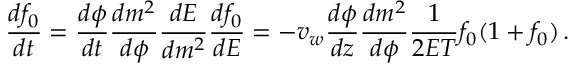
\frac { d f _ { 0 } } { d t } = \frac { d \phi } { d t } \frac { d m ^ { 2 } } { d \phi } \frac { d E } { d m ^ { 2 } } \frac { d f _ { 0 } } { d E } = - v _ { w } \frac { d \phi } { d z } \frac { d m ^ { 2 } } { d \phi } \frac { 1 } { 2 E T } f _ { 0 } ( 1 + f _ { 0 } ) \, .